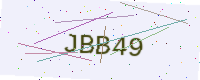
Text: JBB49